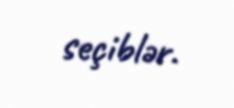
seçiblər.